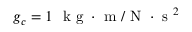
g _ { c } = 1 \ \mathrm { ~ k ~ g ~ } \cdot \mathrm { ~ m ~ } / \mathrm { ~ N ~ } \cdot \mathrm { ~ s ~ } ^ { 2 }